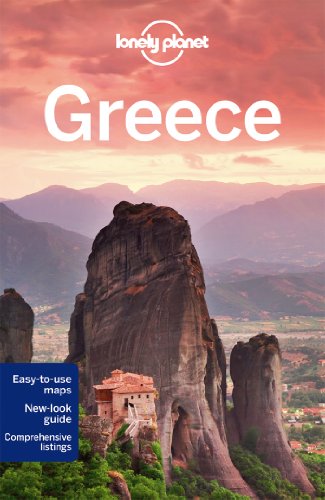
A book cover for Lonely Planet Greece (Travel Guide); Lonely Planet; Travel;